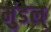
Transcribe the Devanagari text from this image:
मुंडेल्